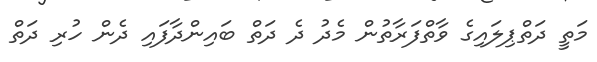
މަތީ ދަތްޕިލައިގެ ވާތްފަރާތުން މެދު ދެ ދަތް ބައިންދާފައި ދެން ހުރި ދަތް